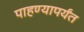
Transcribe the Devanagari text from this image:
पाहण्यापर्यंत